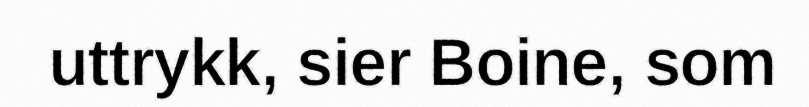
uttrykk, sier Boine, som